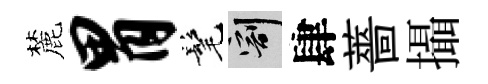
麓胃髦割肆薔攝